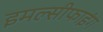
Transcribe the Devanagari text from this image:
इमल्सीफाइंग